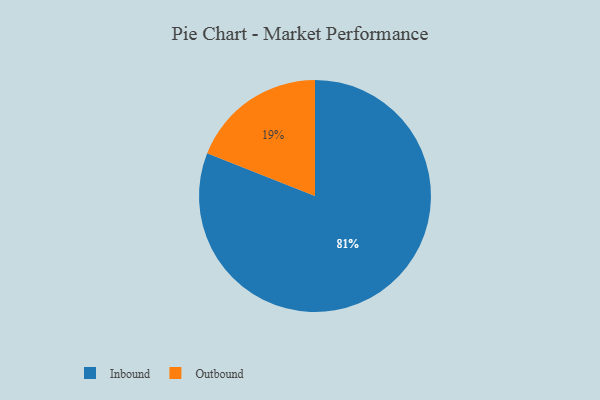
{"axis": {"x": "Category", "y": "Percentage"}, "legend": ["Inbound", "Outbound"], "data": [{"x": "Inbound", "y": 81, "type": "Inbound"}, {"x": "Outbound", "y": 19, "type": "Outbound"}]}